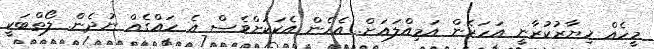
މީހެއް ޚިޔާރުކުރާނީ އަހަރެން އަމިއްލައަށް. އެހެން އެކަކަށްވެސް އެ ހައްގެއް ނުދެން. ލޯތްބަކީ